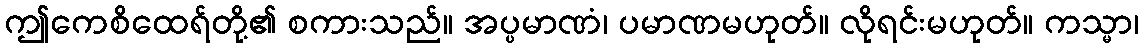
ဤကေစိထေရ်တို့၏ စကားသည်။ အပ္ပမာဏံ၊ ပမာဏမဟုတ်။ လိုရင်းမဟုတ်။ ကသ္မာ၊